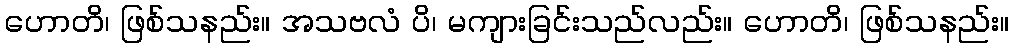
ဟောတိ၊ ဖြစ်သနည်း။ အသဗလံ ပိ၊ မကျားခြင်းသည်လည်း။ ဟောတိ၊ ဖြစ်သနည်း။